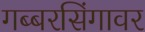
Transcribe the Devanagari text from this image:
गब्बरसिंगावर